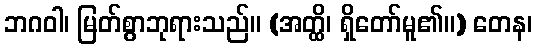
ဘဂဝါ၊ မြတ်စွာဘုရားသည်။ (အတ္ထိ၊ ရှိတော်မူ၏။) တေန၊